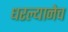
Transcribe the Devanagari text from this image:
धरल्यानेच